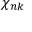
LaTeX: \chi _ { n k }